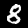
Label: 8